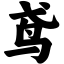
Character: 鸢